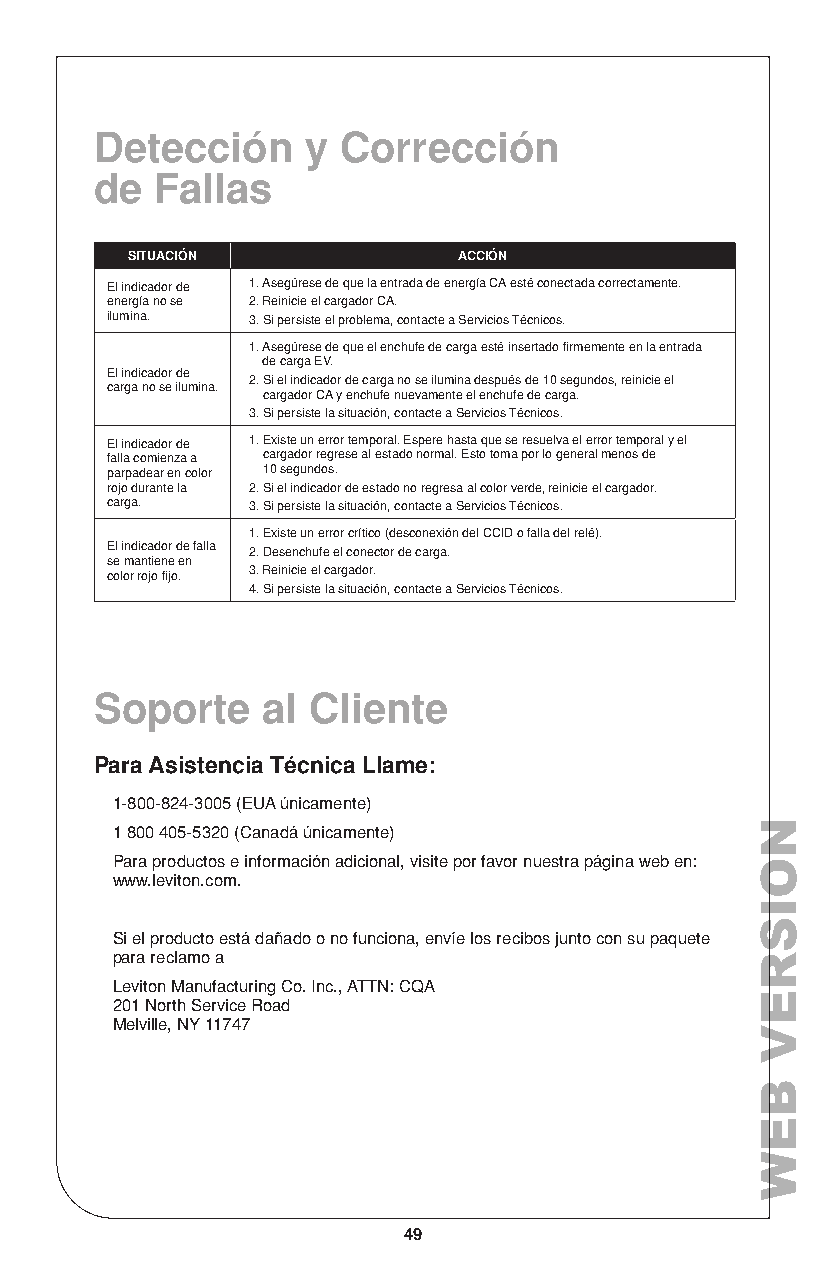
Detección     y Corrección
 de  Fallas
 SITUACIÓN             ACCIÓN
 El indicador de 1. Asegúrese de que la entrada de energía CA esté conectada correctamente.
 energía no se 2. Reinicie el cargador CA.
 ilumina. 3. Si persiste el problema, contacte a Servicios Técnicos.
 1. Asegúrese de que el enchufe de carga esté insertado firmemente en la entrada
 de carga EV.
 El indicador de
 2. Si el indicador de carga no se ilumina después de 10 segundos, reinicie el
 carga no se ilumina.
 cargador CA y enchufe nuevamente el enchufe de carga.
 3. Si persiste la situación, contacte a Servicios Técnicos.
 El indicador de 1. Existe un error temporal. Espere hasta que se resuelva el error temporal y el
 falla comienza a cargador regrese al estado normal. Esto toma por lo general menos de
 parpadear en color 10 segundos.
 rojo durante la 2. Si el indicador de estado no regresa al color verde, reinicie el cargador.
 carga.   3. Si persiste la situación, contacte a Servicios Técnicos.
 1. Existe un error crítico (desconexión del CCID o falla del relé).
 El indicador de falla 2. Desenchufe el conector de carga.
 se mantiene en
 color rojo fijo. 3. Reinicie el cargador.
 4. Si persiste la situación, contacte a Servicios Técnicos.
 Soporte    al Cliente
 Para Asistencia Técnica Llame:
 1-800-824-3005 (EUA únicamente)
 1 800 405-5320 (Canadá únicamente)
 Para productos e información adicional, visite por favor nuestra página web en:
 www.leviton.com.
 Si el producto está dañado o no funciona, envíe los recibos junto con su paquete
 para reclamo a
 Leviton Manufacturing Co. Inc., ATTN: CQA
 201 North Service Road
 Melville, NY 11747
 49
 NOISREV
 BEW